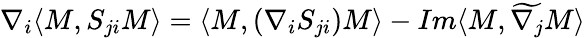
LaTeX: \nabla_{i}\langle M,S_{ji}M\rangle=\langle M,(\nabla_{i}S_{ji})M\rangle-Im\langle M,\widetilde{\nabla_{j}}M\rangle